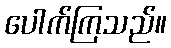
ပေါက်ကြသည်။